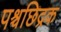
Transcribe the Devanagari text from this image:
पश्चछिद्रक